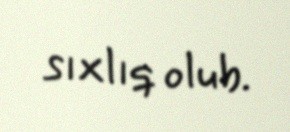
sıxlıq olub.